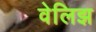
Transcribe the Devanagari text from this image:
वेलिझ